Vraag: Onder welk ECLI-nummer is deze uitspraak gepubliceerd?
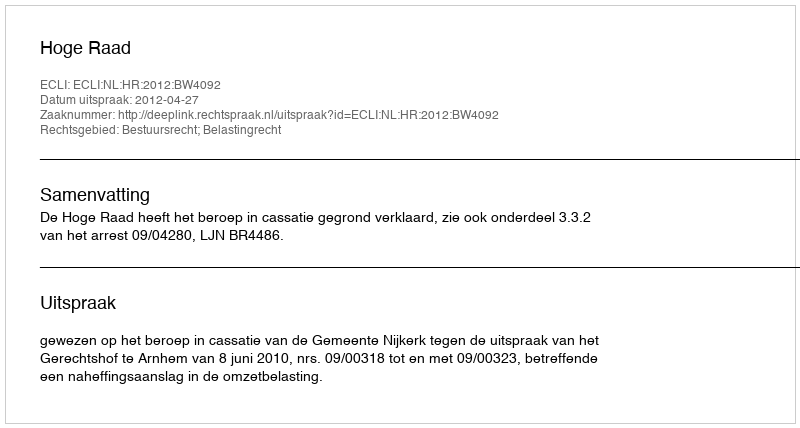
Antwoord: ECLI:NL:HR:2012:BW4092